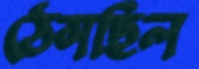
ঠেসছিল